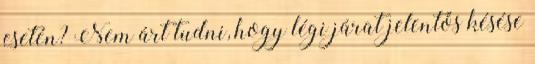
esetén? Nem árt tudni, hogy légi járat jelentős késése